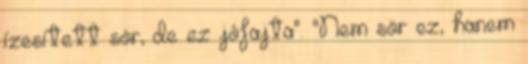
ízesített sör, de ez jófajta". "Nem sör ez, hanem